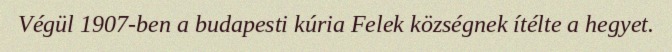
Végül 1907-ben a budapesti kúria Felek községnek ítélte a hegyet.